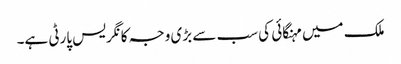
ملک میں مہنگائی کی سب سے بڑی وجہ کانگریس پارٹی ہے۔